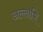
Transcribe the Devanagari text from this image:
अल्लामि